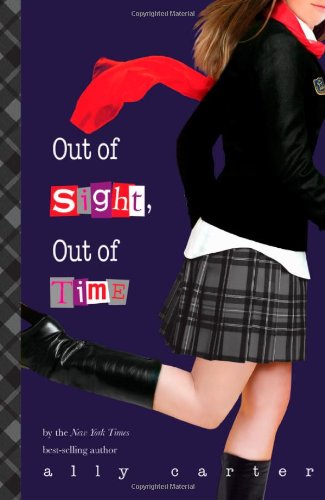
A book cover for Out of Sight, Out of Time (Gallagher Girls); Ally Carter; Teen & Young Adult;